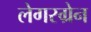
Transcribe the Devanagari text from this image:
लेगरग्रेन